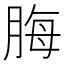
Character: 脢